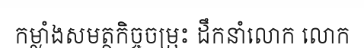
កម្លាំងសមត្ថកិច្ចចម្រុះ ដឹកនាំលោក លោក